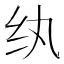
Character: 纨